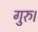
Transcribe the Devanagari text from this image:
गुरु।